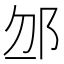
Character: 𨚄